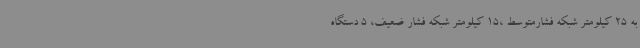
به 25 کیلومتر شبکه فشارمتوسط ،15 کیلومتر شبکه فشار ضعیف، 5 دستگاه